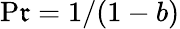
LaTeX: \operatorname*{P\mathfrak{r}}=1/(1-b)